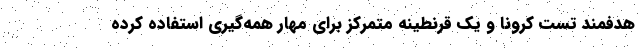
هدفمند تست کرونا و یک قرنطینه متمرکز برای مهار همه‌گیری استفاده کرده